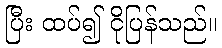
ပြီး ထပ်၍ ငိုပြန်သည်။